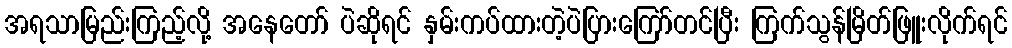
အရသာမြည်းကြည့်လို့ အနေတော် ပဲဆိုရင် နှမ်းကပ်ထားတဲ့ပဲပြားကြော်တင်ပြီး ကြက်သွန်မြိတ်ဖြူးလိုက်ရင်